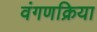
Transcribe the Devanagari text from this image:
वंगणक्रिया